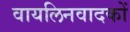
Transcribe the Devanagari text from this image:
वायलिनवादकों